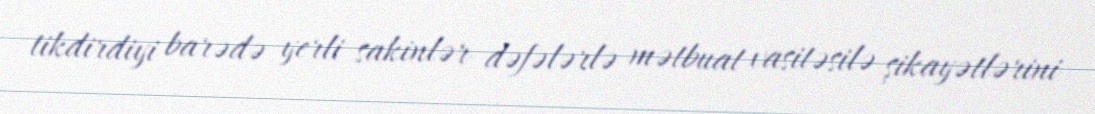
tikdirdiyi barədə yerli sakinlər dəfələrlə mətbuat vasitəsilə şikayətlərini